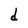
Character: d